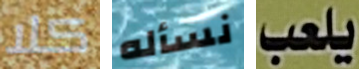
كلا نسأله يلعب